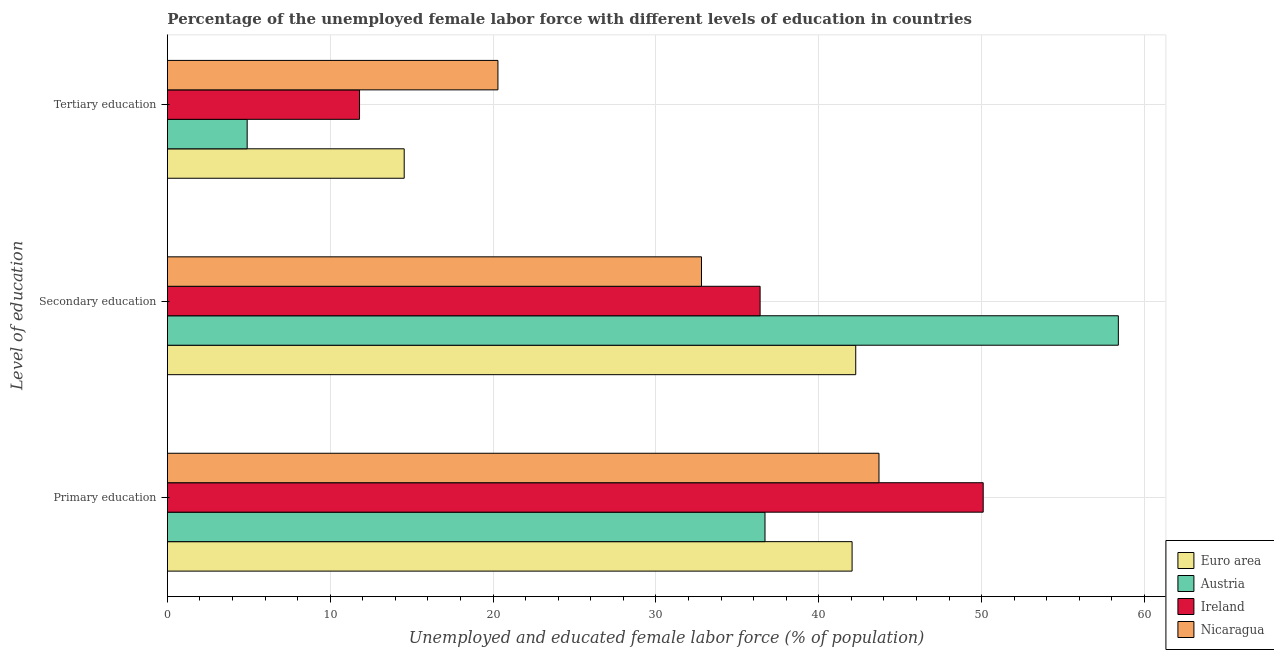
| Level of education | Euro area | Austria | Ireland | Nicaragua |
 | --- | --- | --- | --- | --- |
 | Primary education | 42 | 36.7 | 50.1 | 43.7 |
 | Secondary education | 42.3 | 58.4 | 36.4 | 32.8 |
 | Tertiary education | 14.5 | 4.9 | 11.8 | 20.3 |